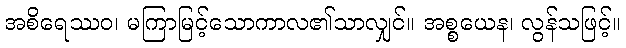
အစိရေဿဝ၊ မကြာမြင့်သောကာလ၏သာလျှင်။ အစ္စယေန၊ လွန်သဖြင့်။